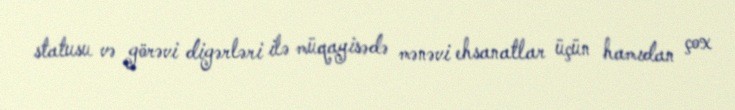
statusu və görəvi digərləri ilə müqayisədə mənəvi ehsanatlar üçün hamıdan çox